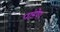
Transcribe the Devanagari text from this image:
पांडेय।